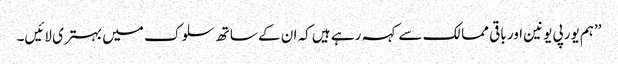
’’ہم یورپی یونین اور باقی ممالک سے کہہ رہے ہیں کہ ان کے ساتھ سلوک میں بہتری لائیں۔